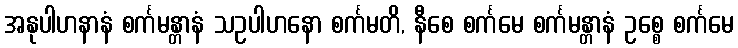
အနုပါဟနာနံ စင်္ကမန္တာနံ သဥပါဟနော စင်္ကမတိ, နီစေ စင်္ကမေ စင်္ကမန္တာနံ ဥစ္စေ စင်္ကမေ